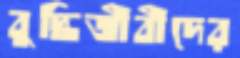
বুদ্ধিজীবীদের